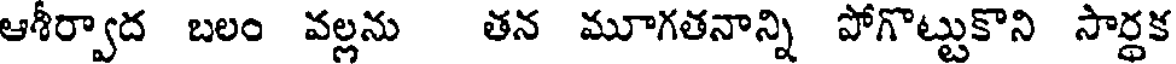
ఆగీర్వాద బలం వల్లను తన మూగతనాన్ని పోగొట్టుకొని సార్ధక